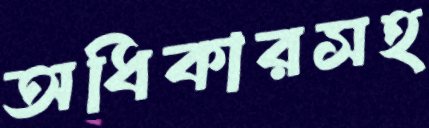
অধিকারসহ